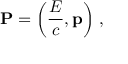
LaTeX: \mathbf { P } = \left( { \frac { E } { c } } , \mathbf { p } \right) \, ,